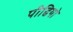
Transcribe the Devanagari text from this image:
पीढियो